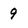
Character: 9